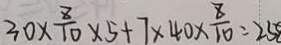
3 0 \times \frac { 8 } { 1 0 } \times 5 + 7 \times 4 0 \times \frac { 8 } { 1 0 } = 2 5 8